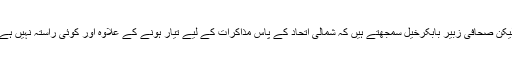
لیکن صحافی زبیر بابکرخیل سمجھتے ہیں کہ شمالی اتحاد کے پاس مذاکرات کے لیے تیار ہونے کے علاوہ اور کوئی راستہ نہیں ہے۔